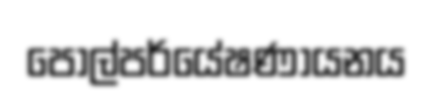
පොල්පර්යේෂණායනය